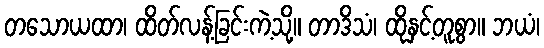
တသောယထာ၊ ထိတ်လန့်ခြင်းကဲ့သို့။ တာဒိသံ၊ ထိုနှင့်တူစွာ။ ဘယံ၊